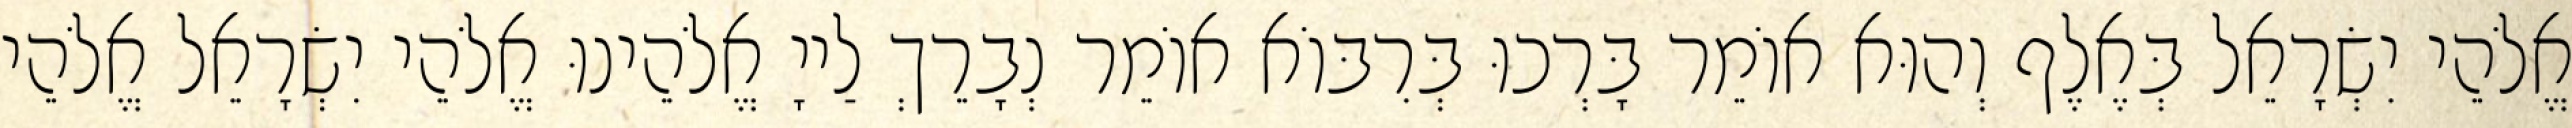
אֱלֹהֵי יִשְׂרָאֵל בְּאֶלֶף וְהוּא אוֹמֵר בָּרְכוּ בְּרִבּוֹא אוֹמֵר נְבָרֵךְ לַייָ אֱלֹהֵינוּ אֱלֹהֵי יִשְׂרָאֵל אֱלֹהֵי